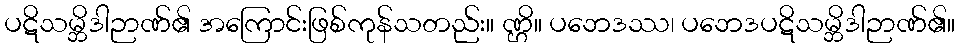
ပဋိသမ္ဘိဒါဉာဏ်၏ အကြောင်းဖြစ်ကုန်သတည်း။ ဏ္ဌိ။ ပဘေဒဿ၊ ပဘေဒပဋိသမ္ဘိဒါဉာဏ်၏။